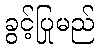
ခွင့်ပြုမည်